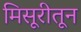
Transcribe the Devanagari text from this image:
मिसूरीतून